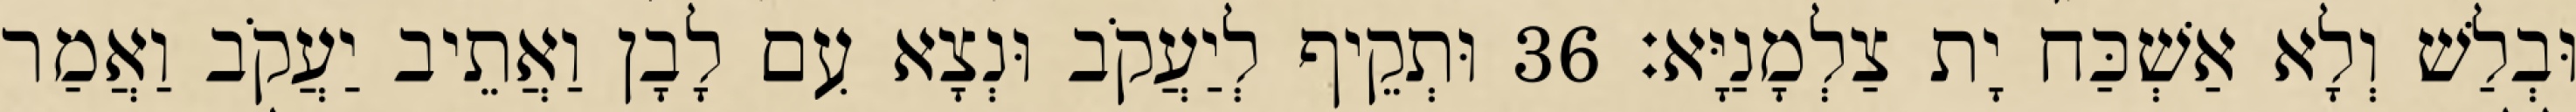
וּבְלַשׁ וְלָא אַשְׁכַּח יָת צַלְמָנַיָּא׃ 36 וּתְקֵיף לְיַעֲקֹב וּנְצָא עִם לָבָן וַאֲתֵיב יַעֲקֹב וַאֲמַר